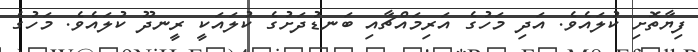
ފިޔާތޮށި ކުލައެވެ. އަދި މަހުގެ އަރިމައްޗާއި ބަނޑުދަށުގެ ކުލައަކީ ރީނދޫ ކުލައެވެ. މަހުގެ